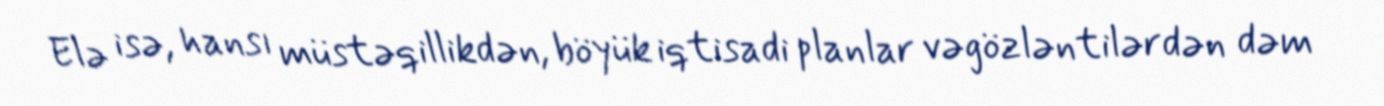
Elə isə, hansı müstəqillikdən, böyük iqtisadi planlar vəgözləntilərdən dəm